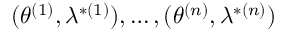
( \theta ^ { ( 1 ) } , \lambda ^ { * ( 1 ) } ) , \dots , ( \theta ^ { ( n ) } , \lambda ^ { * ( n ) } )